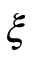
\xi